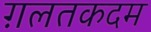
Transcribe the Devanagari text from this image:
ग़लतकदम